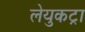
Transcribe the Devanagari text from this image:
लेयुकट्रा